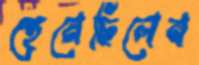
হেনেছিলেন